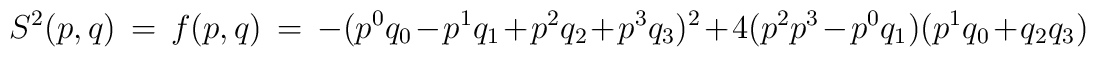
S^2(p,q) \, = \,f(p,q)\,=\,-(p^0q_0-p^1q_1+p^2q_2+p^3q_3)^2+4(p^2p^3-p^0q_1)(p^1q_0+q_2q_3)